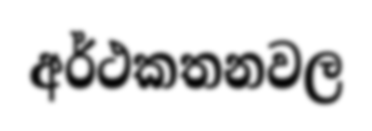
අර්ථකතනවල